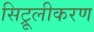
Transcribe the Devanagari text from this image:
सिट्रूलीकरण